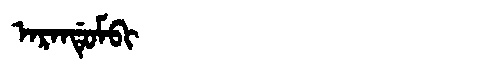
Manchu: ᠠᡵᠠᠨᡩᡠᠮᠪᡳ
Romanization: ARANDUMBI